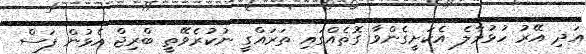
އަދި އޭރު ހުޅުމާލެ އެކަށީގެންވާ ގޮތެއްގައި ތަރައްގީ ނުކުރެވޭތީ ބްރިޖް އެޅުން ފަސް